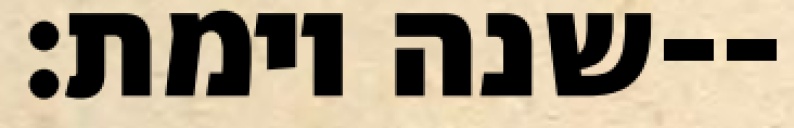
שנה וימת׃--